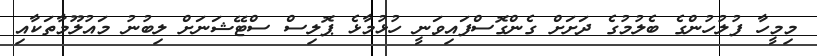
މިމީހާ ފުލުހުންގެ ބެލުމުގެ ދަށަށް ގެންގޮސްފައިވަނީ ހުޅުމާޅެ ޕޮލިސް ސްޓޭޝަނަށް ލިބުނު މައުލޫމާތަކާއި